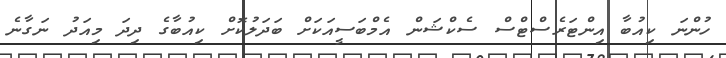
ހުންނަ ކިއުބާ އިންޓަރެސްޓްސް ސެކްޝަން އެމްބަސީއަކަށް ބަދަލުކޮށް ކިއުބާގެ ދިދަ މިއަދު ނަގާނެ